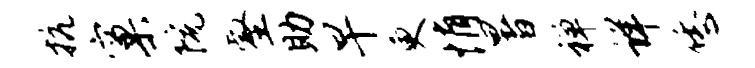
抗窠院壑助早更悄暑禅详恁